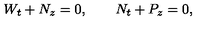
W _ { t } + N _ { z } = 0 , \qquad N _ { t } + P _ { z } = 0 ,